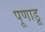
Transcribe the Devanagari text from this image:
पूणाडू